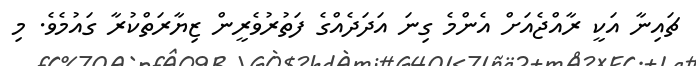
ޗައިނާ އަކީ ރާއްޖެއަށް އެންމެ ގިނަ އަދަދެއްގެ ފަތުރުވެރީން ޒިޔާރަތްކުރާ ގައުމެވެ. މި